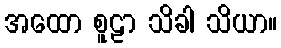
အထော စူဠာ သိခါ သိယာ။